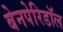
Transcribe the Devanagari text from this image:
बेनपेरिडॉल